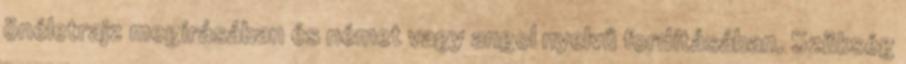
önéletrajz megírásában és német vagy angol nyelvű fordításában. Szükség